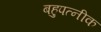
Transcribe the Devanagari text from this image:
बहुपत्‍नीक